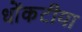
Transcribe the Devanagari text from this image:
धोंकटीया